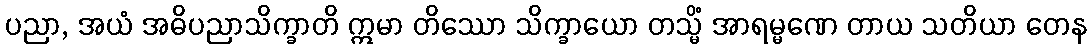
ပညာ, အယံ အဓိပညာသိက္ခာတိ ဣမာ တိဿော သိက္ခာယော တသ္မိံ အာရမ္မဏေ တာယ သတိယာ တေန